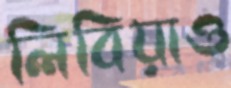
লিবিয়াও